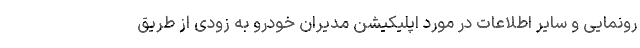
رونمایی و سایر اطلاعات در مورد اپلیکیشن مدیران خودرو به زودی از طریق